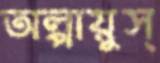
অল্পায়ুস্